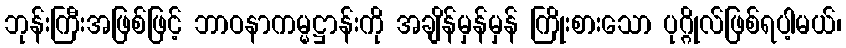
ဘုန်းကြီးအဖြစ်ဖြင့် ဘာဝနာကမ္မဋ္ဌာန်းကို အချိန်မှန်မှန် ကြိုးစားသော ပုဂ္ဂိုလ်ဖြစ်ရပါ့မယ်၊